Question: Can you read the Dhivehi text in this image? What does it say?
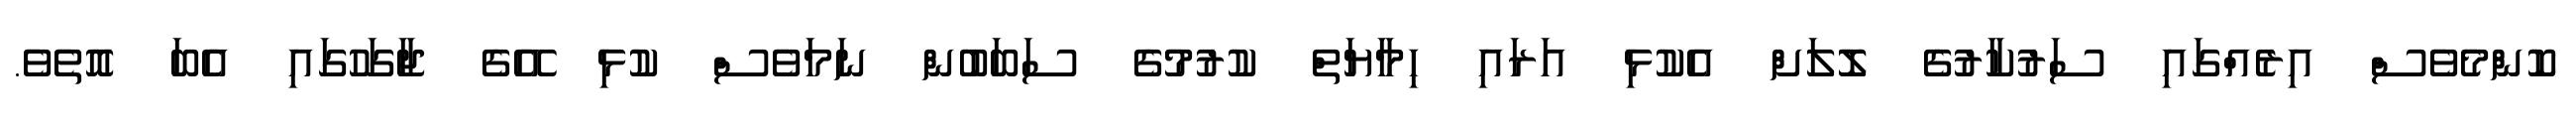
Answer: ކޮންމެވެސް އިރެއްގައި ސަރުކާރުގެ ލޮލަށް އެކުޅި އަރައި ހިމާޔަތް ކުރުމުގެ ސަބަބުން ނަމަވެސް ކުޅި އޭގެ ޖާގަހުގައި އެބަ އޮތެވެ.